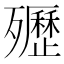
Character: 㱹